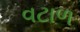
વટાળ